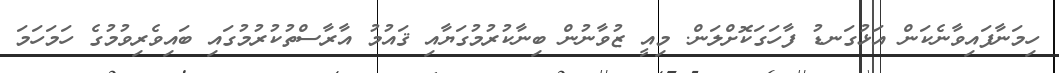
ހިމަނާފައިވާނެކަން އަޅުގަނޑު ފާހަގަކޮށްލަން. މިއީ ޒުވާނުން ބިނާކުރުމުގަޔާއި ޤައުމު އާރާސްތުކުރުމުގައި ބައިވެރިވުމުގެ ހަމަހަމަ